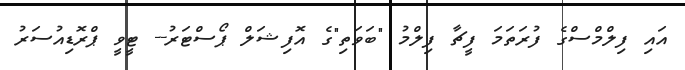
އައި ފިލްމްސްގެ ފުރަތަމަ ފީޗާ ފިލްމު "ބަވަތި"ގެ އޮފިޝަލް ޕޯސްޓަރު-- ޓީވީ ޕްރޮޑިއުސަރު